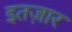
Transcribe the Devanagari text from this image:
इतज़ार